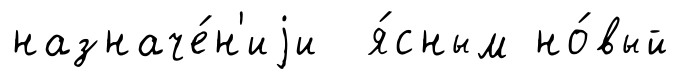
назначе́н'иjи я́сным но́вый